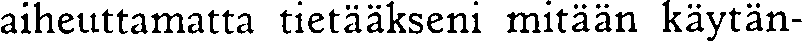
aiheuttamatta tietääkseni mitään käytän-